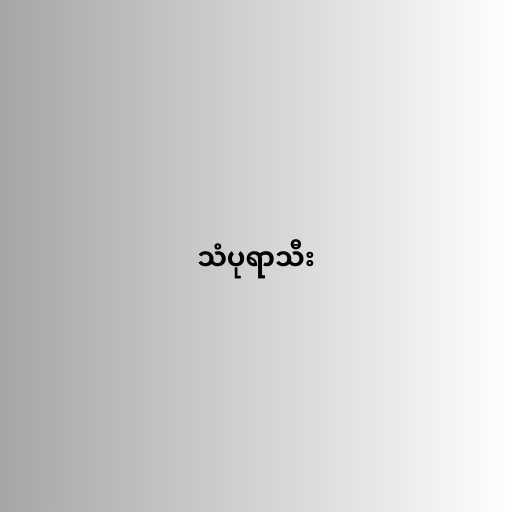
သံပုရာသီး